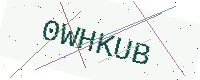
Text: 0WHKUB